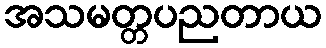
အသမတ္တပညတာယ